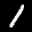
Label: 1